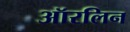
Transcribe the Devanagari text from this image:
ऑरलिन